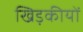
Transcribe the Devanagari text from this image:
खिड़कीयों